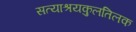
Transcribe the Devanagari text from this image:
सत्याश्रयकुलतिलक